Annual report of the Civil Veterinary Department, Bengal, for the year 1897-98 - 1897-1898
Year: 1897
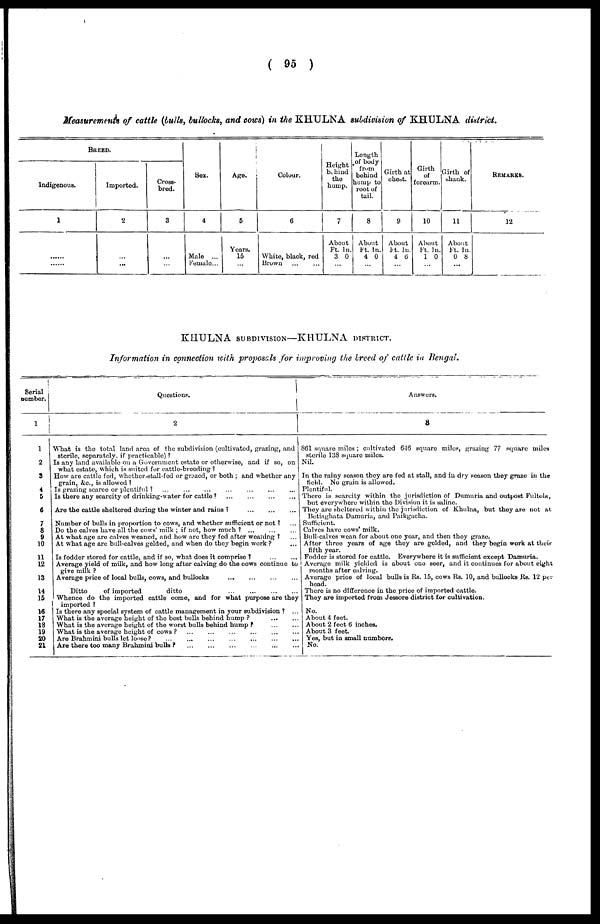
(95)
Measurements of cattle (bulls, bullocks, and cows) in the KHULNA subdivision of KHULNA district.
BREED.
Indigenous.
1
......
......
Imported.
2
...
...
Cross-
bred.
3
...
...
Sex.
4
Male ...
Female...
Age.
5
Years.
15
...
Colour.
6
White, black, red
Brown ... ...
REMARKS.
12
KHULNA SUBDIVISION—KHULNA DISTRICT.
Information in connection with proposals for improving the breed of cattle in Bengal.
Serial
number.
1
1
2
3
4
5
6
7
8
9
10
11
12
13
14
15
16
17
18
19
20
21
Questions.
2
What is the total land area of the subdivision (cultivated, grazing, and
sterile, separately, if practicable)?
Is any land available on a Government estate or otherwise, and if so, on
what estate, which is suited for cattle-breeding?
How are cattle fed, whether-stall-fed or grazed, or both; and whether any
grain, &c., is allowed?
Is grazing scarce or plentiful? ... ... ... ... ... ... ...
Is there any scarcity of drinking-water for cattle?
...
...
...
...
Are the cattle sheltered during the winter and rains?
...
...
...
Number of bulls in proportion to cows, and whether sufficient or not? ...
Do the calves have all the cows' milk; if not, how much?
...
...
...
At what age are calves weaned, and how are they fed after weaning? ...
At what age are bull-calves gelded, and when do they begin work? ...
Is fodder stored for cattle, and if so, what does it comprise?
...
...
Average yield of milk, and how long after calving do the cows continue to
give milk?
Average price of local bulls, cows, and bullocks
...
...
...
...
Ditto
of imported
ditto
...
...
...
...
Whence do the imported cattle come, and for what purpose are they
imported?
Is there any special system of cattle management in your subdivision? ...
What is the average height of the best bulls behind hump?
...
...
What is the average height of the worst bulls behind hump? ... ...
What is the average height of cows? ... ... ... ... ... ...
Are Brahmini bulls let loose?
...
...
...
...
...
...
...
Are there too many Brakmini bulls?
...
...
...
...
...
...
Answers.
8
861 square miles; cultivated 646 square miles, grazing 77 square miles
sterile 138 square miles.
Nil.
In the rainy season they are fed at stall, and in dry season they graze in the
field. No grain is allowed.
Plentiful.
There is scarcity within the jurisdiction of Dumuria and outpost Fultola,
but everywhere within the Division it is saline.
They are sheltered within the jurisdiction of Khulna, but they are not at
Betiaghata Damuria, and Paikgacha.
Sufficient.
Calves have cows' milk.
Bull-calves wean for about one year, and then they graze.
After three years of age they are gelded, and they begin work at their
fifth year.
Fodder is stored for cattle. Everywhere it is sufficient except Damuria.
Average milk yielded is about one seer, and it continues for about eight
months after calving.
Average price of local bulls is Rs. 15, cows Rs. 10, and bullocks Rs. 12 per
head.
There is no difference in the price of imported cattle.
They are imported from Jessore district for cultivation.
No.
About 4 feet.
About 2 feet 6 inches.
About 3 feet.
Yes, but in small numbers.
No.